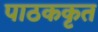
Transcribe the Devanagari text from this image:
पाठककृत